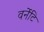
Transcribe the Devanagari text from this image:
वर्नेटि